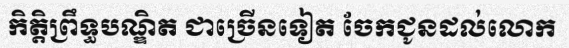
កិត្តិព្រឹទ្ធបណ្ឌិត ជាច្រើនទៀត ចែកជូនដល់លោក